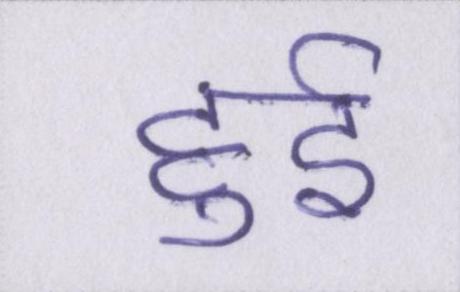
हुर्इ